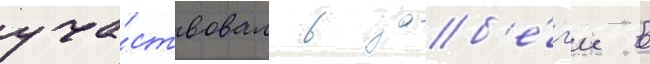
уча́ствовал в заб'е́г'е в